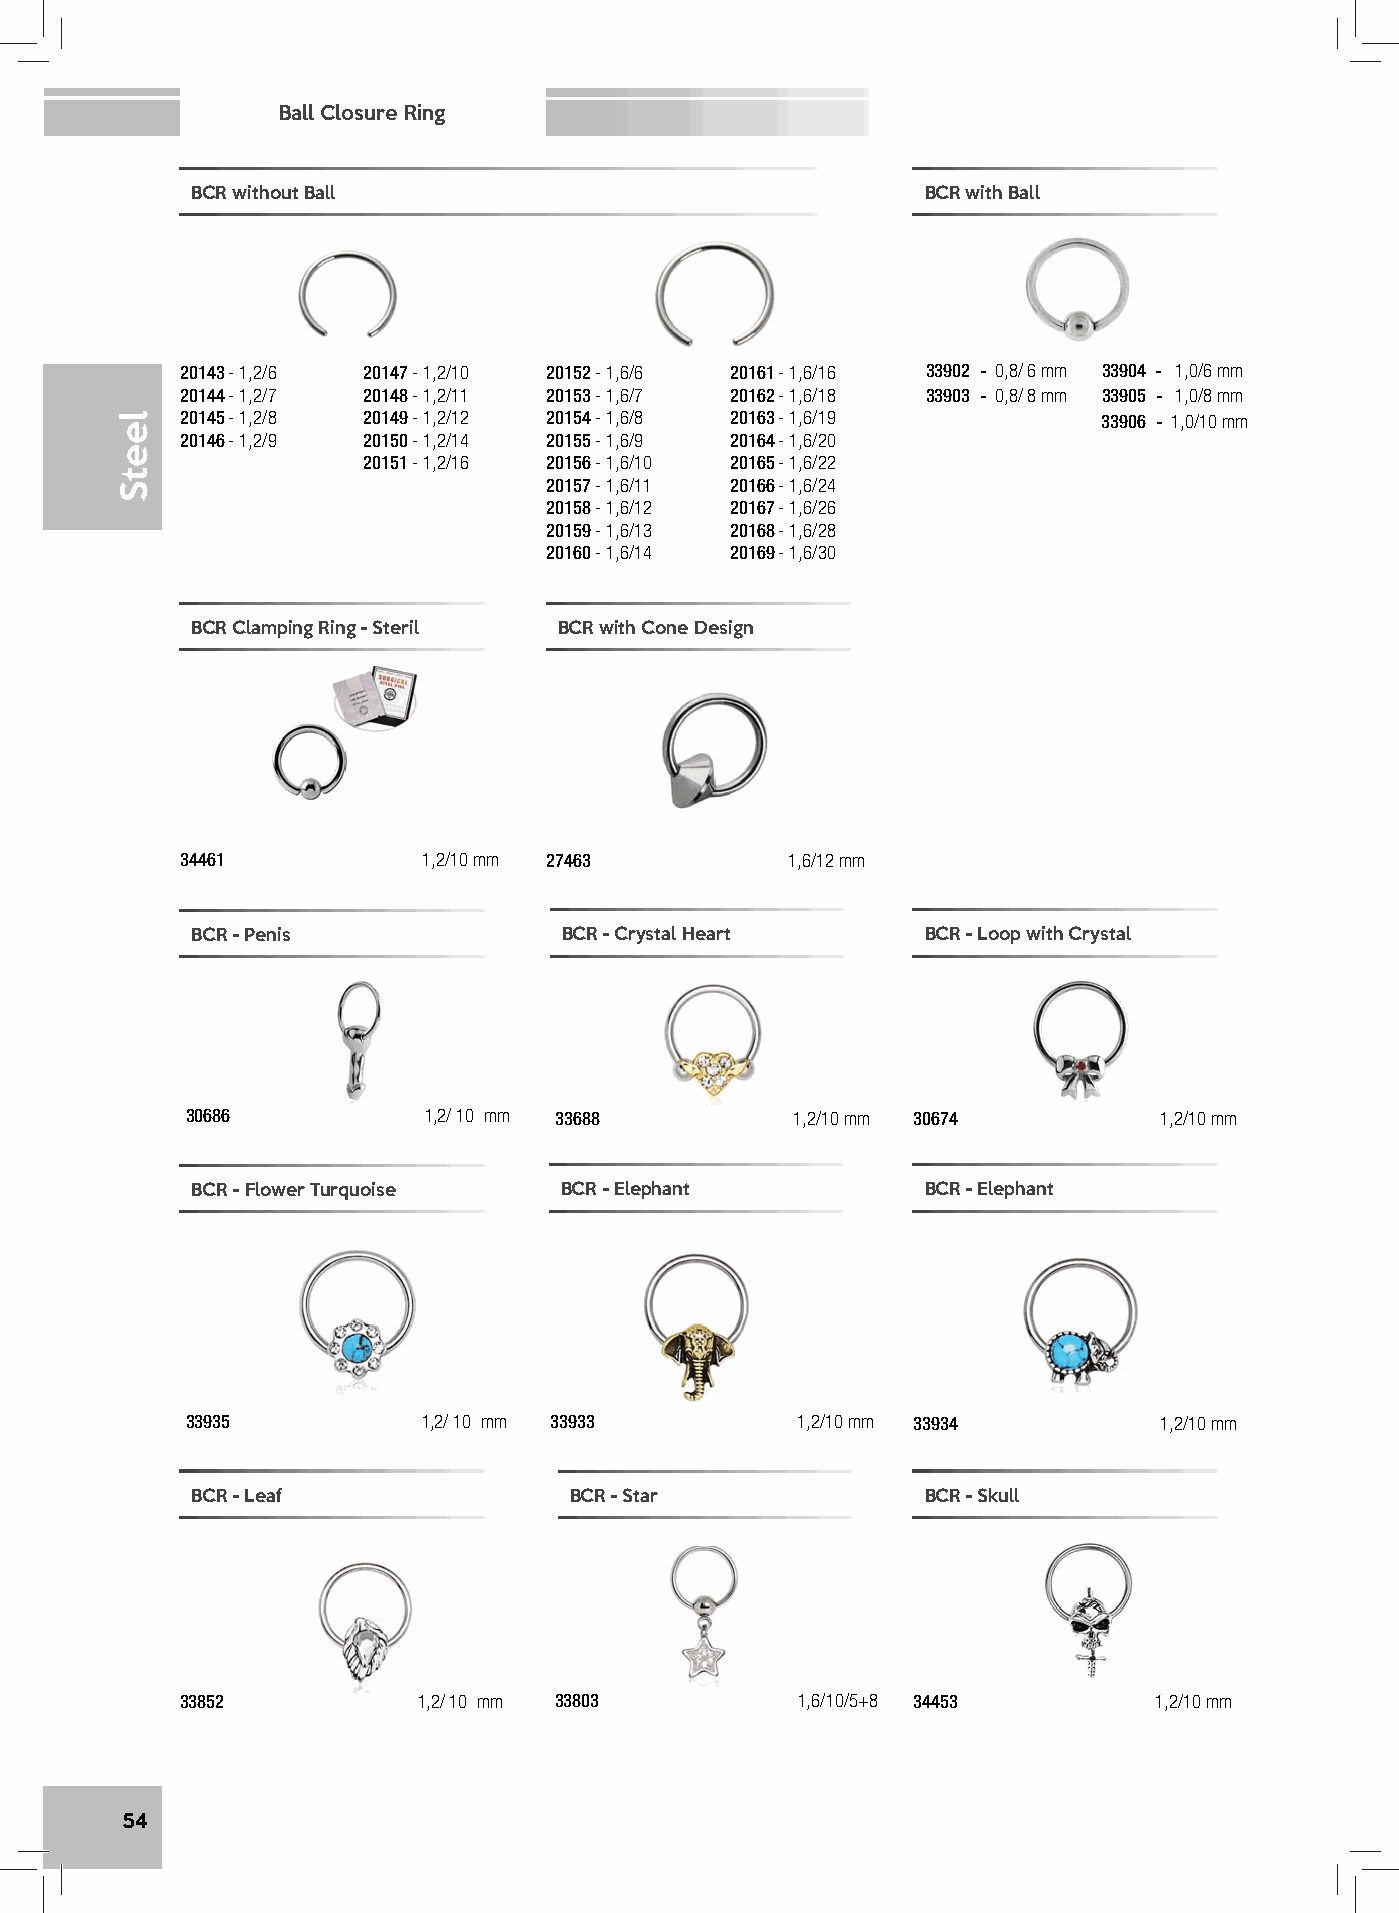
Ball Closure Ring
 BCR without Ball                                BCR with Ball
 20143 - 1,2/6 20147 - 1,2/10 20152 - 1,6/6 20161 - 1,6/16 33902 - 0,8/ 6 mm 33904 - 1,0/6 mm
 20144 - 1,2/7 20148 - 1,2/11 20153 - 1,6/7 20162 - 1,6/18 33903 - 0,8/ 8 mm 33905 - 1,0/8 mm
 20145 - 1,2/8 20149 - 1,2/12 20154 - 1,6/8 20163 - 1,6/19    33906 - 1,0/10 mm
 20146 - 1,2/9 20150 - 1,2/14 20155 - 1,6/9 20164 - 1,6/20
 20151 - 1,2/16 20156 - 1,6/10 20165 - 1,6/22
 20157 - 1,6/11 20166 - 1,6/24
 20158 - 1,6/12 20167 - 1,6/26
 20159 - 1,6/13 20168 - 1,6/28
 20160 - 1,6/14 20169 - 1,6/30
 BCR Clamping Ring - Steril BCR with Cone Design
 34461           1,2/10 mm 27463         1,6/12 mm
 BCR - Penis             BCR - Crystal Heart     BCR - Loop with Crystal
 30686           1,2/ 10 mm 33688         1,2/10 mm 30674         1,2/10 mm
 BCR - Flower Turquoise  BCR - Elephant          BCR - Elephant
 33935           1,2/ 10 mm 33933         1,2/10 mm 33934         1,2/10 mm
 BCR - Leaf               BCR - Star             BCR - Skull
 33852           1,2/ 10 mm 33803         1,6/10/5+8 34453        1,2/10 mm
 54
 leetS